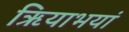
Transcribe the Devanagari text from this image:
ऋियाभयां